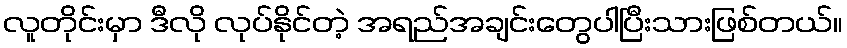
လူတိုင်းမှာ ဒီလို လုပ်နိုင်တဲ့ အရည်အချင်းတွေပါပြီးသားဖြစ်တယ်။